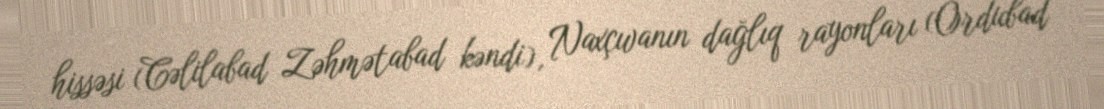
hissəsi (Cəlilabad Zəhmətabad kəndi), Naxçıvanın dağlıq rayonları (Ordubad